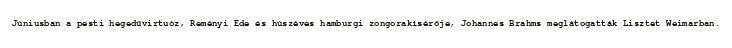
Júniusban a pesti hegedűvirtuóz, Reményi Ede és húszéves hamburgi zongorakísérője, Johannes Brahms meglátogatták Lisztet Weimarban.